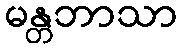
မန္တဘာသာ